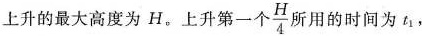
上升的最大高度为H。上升第一个\frac{H}{4}所用的时间为t_{1}，